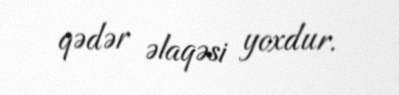
qədər əlaqəsi yoxdur.